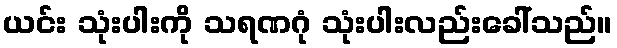
ယင်း သုံးပါးကို သရဏဂုံ သုံးပါးလည်းခေါ်သည်။